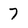
Character: 7